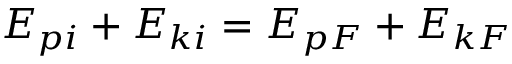
E _ { p i } + E _ { k i } = E _ { p F } + E _ { k F }